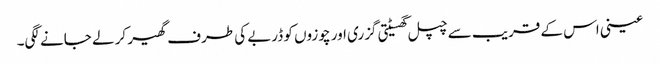
عینی اس کے قریب سے چپل گھسیٹتی گزری اور چوزوں کو ڈربے کی طرف گھیر کر لے جانے لگی۔